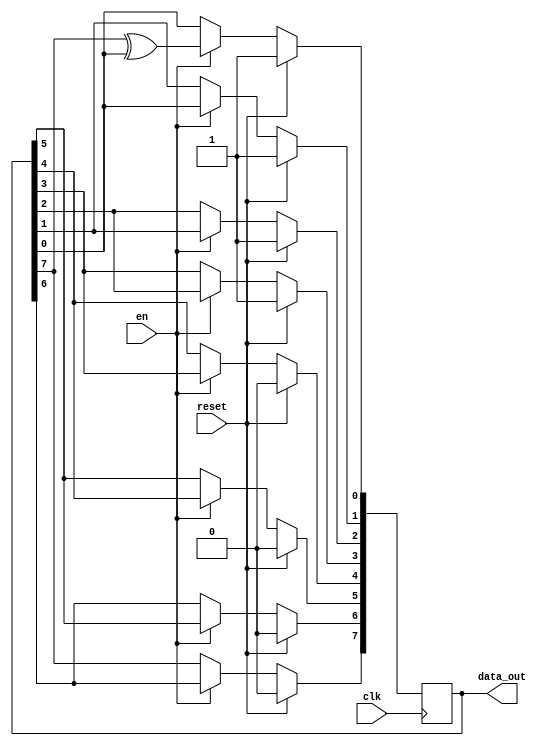
// Linear Feedback Shift Registers

module RNG(clk, en, reset, data_out);
	input clk, en, reset;
	
	// 8-bit integer as output
	output reg [7:0] data_out;
	
	wire fb;
	assign fb = data_out[7]^data_out[0];
	
	always @(posedge clk) begin
		if (reset == 1'b1)
			data_out[7:0] <= 8'hf;
		else if (en) begin
			data_out[0] <= fb;
			data_out[1] <= data_out[0];
			data_out[2] <= data_out[1];
			data_out[3] <= data_out[2];
			data_out[4] <= data_out[3];
			data_out[5] <= data_out[4];
			data_out[6] <= data_out[5];
			data_out[7] <= data_out[6];
		end
	end
endmodule